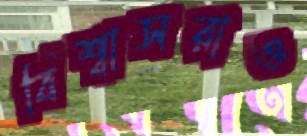
বিশ্বাসরাও